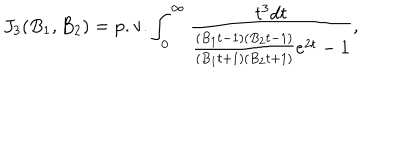
LaTeX: J _ { 3 } ( B _ { 1 } , B _ { 2 } ) = \mathrm { p . v . } \int _ { 0 } ^ { \infty } \frac { t ^ { 3 } d t } { \frac { ( B _ { 1 } t - 1 ) ( B _ { 2 } t - 1 ) } { ( B _ { 1 } t + 1 ) ( B _ { 2 } t + 1 ) } e ^ { 2 t } - 1 } ,